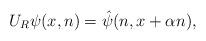
LaTeX: \begin{align*} U_R\psi(x,n)=\hat{\psi}(n,x+\alpha n), \end{align*}